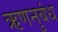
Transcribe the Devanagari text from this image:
ऋणनुबंध